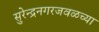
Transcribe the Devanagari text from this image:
सुरेन्द्रनगरजवळच्या